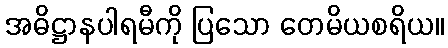
အဓိဋ္ဌာနပါရမီကို ပြသော တေမိယစရိယ။